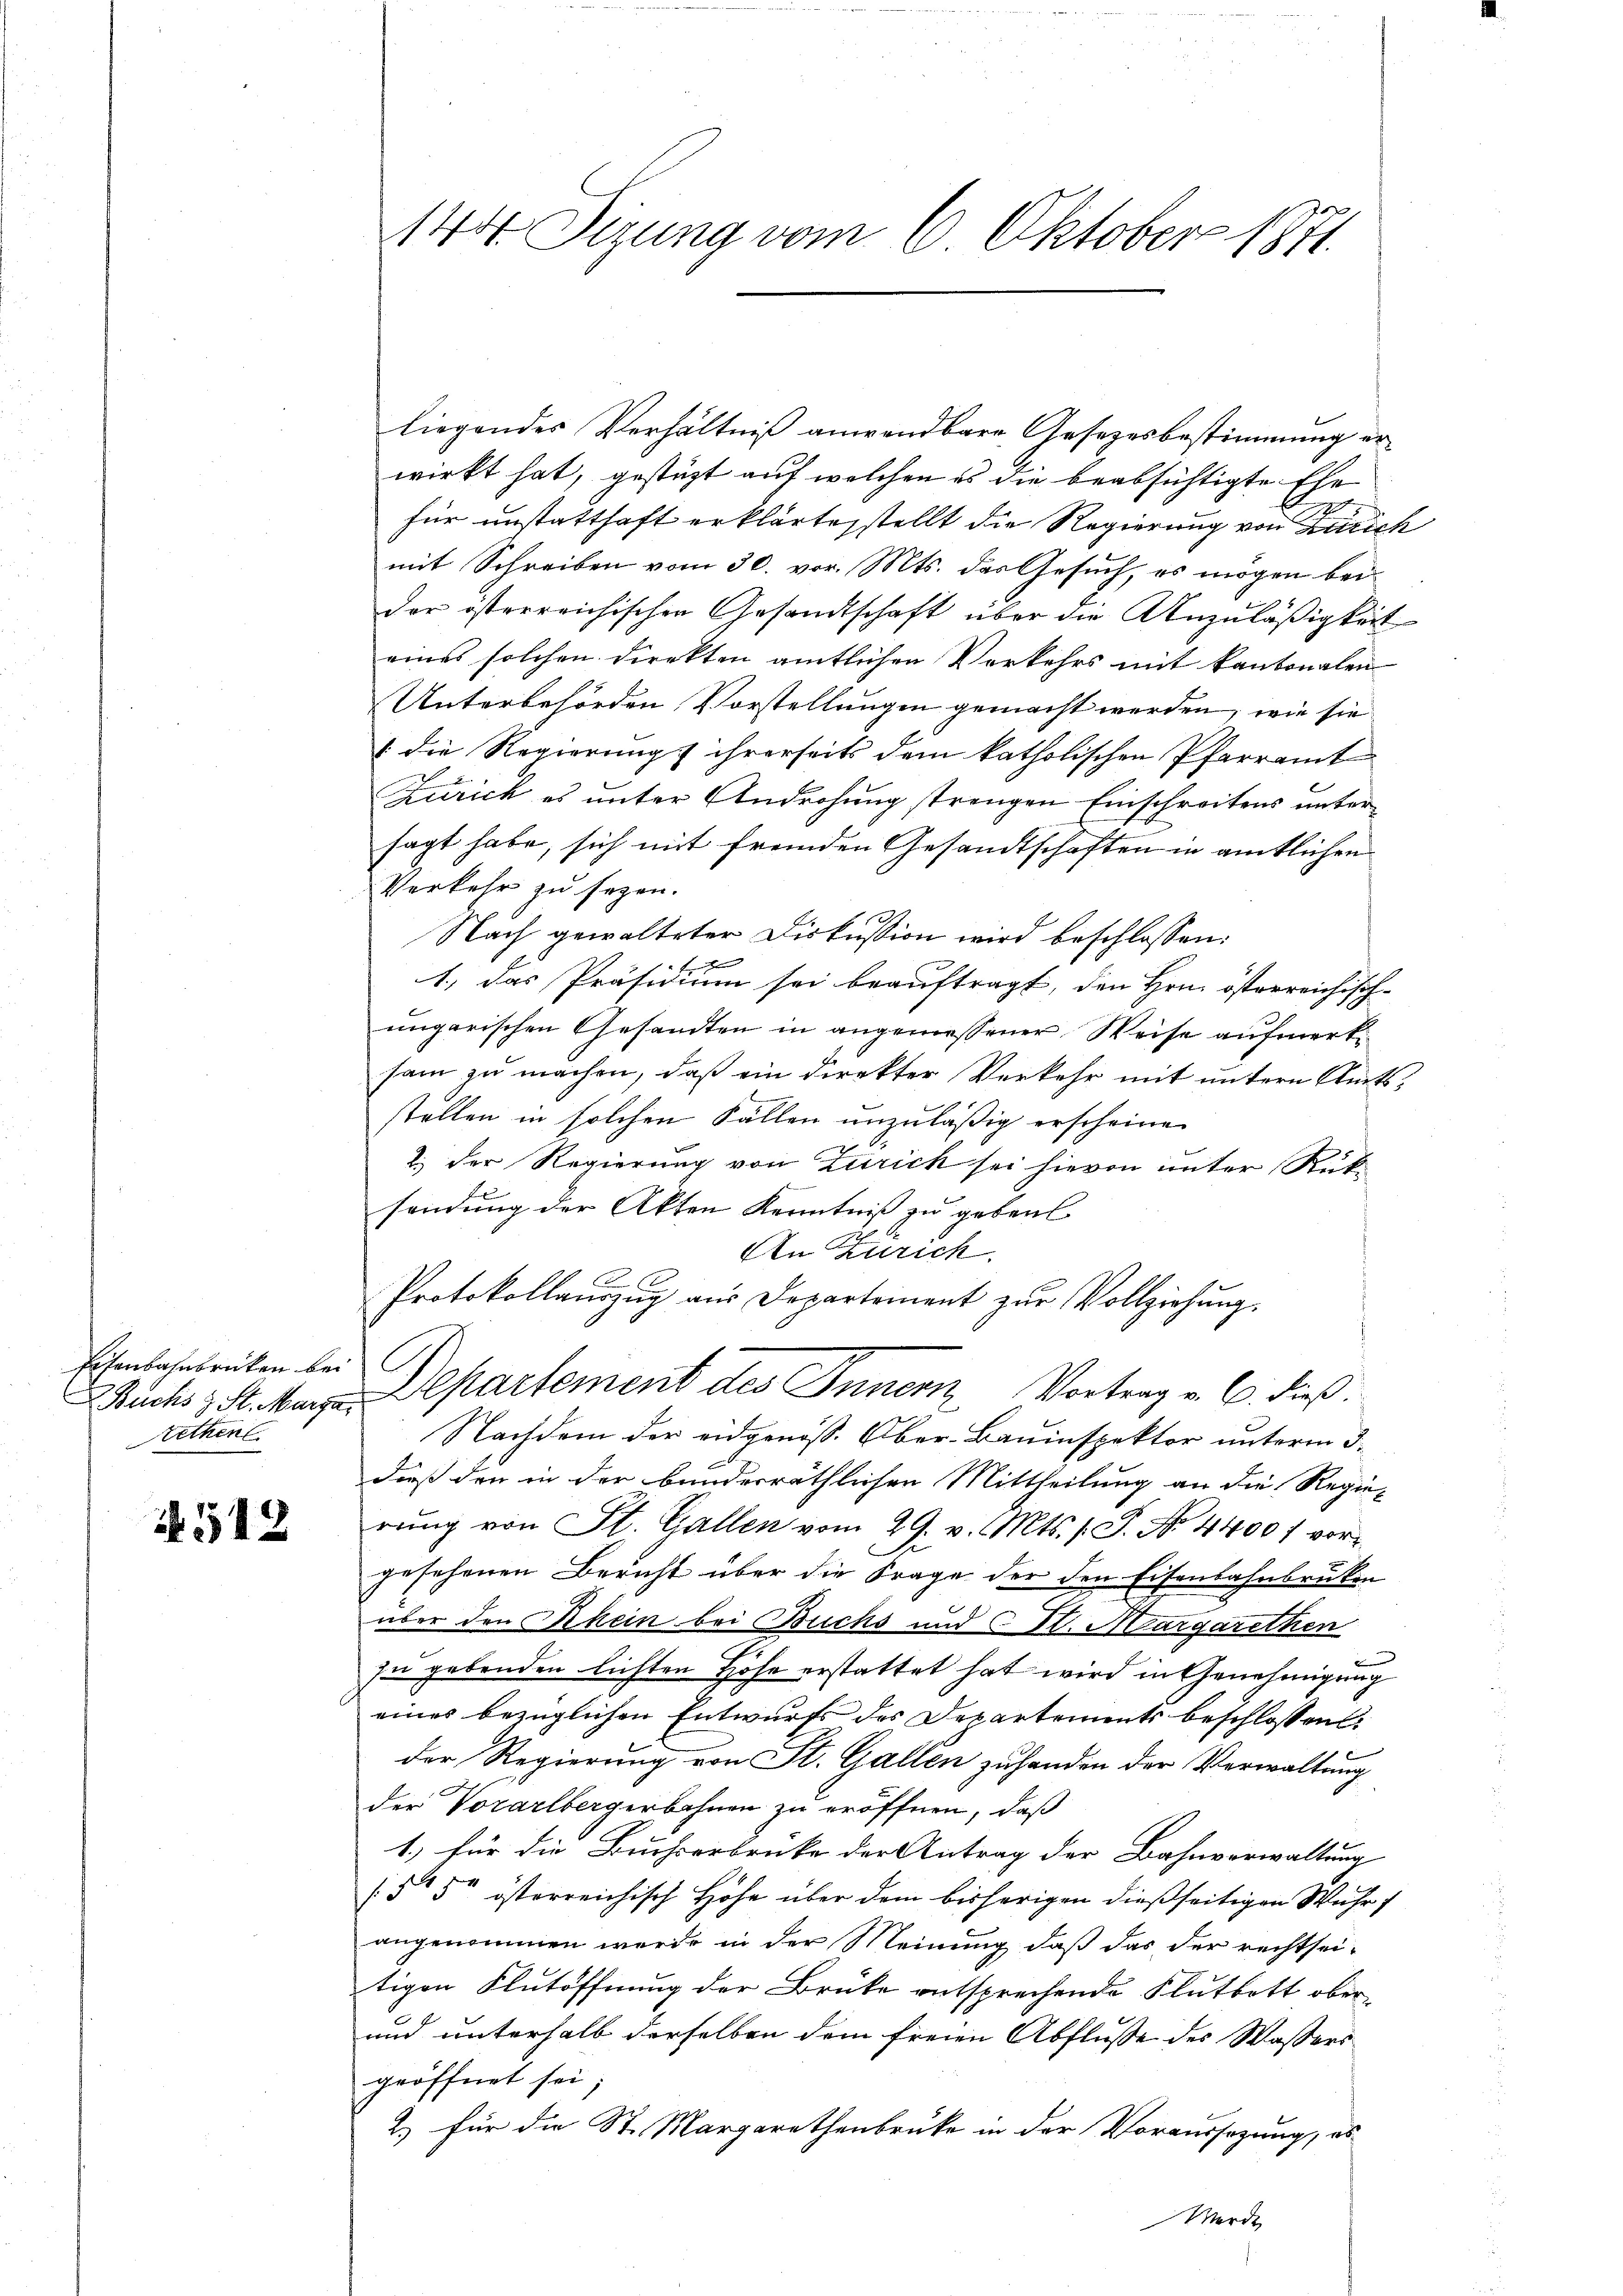
Etenbahnbrücken bei
Aethen

4512

liegendes Verhältniß anwendbare Gesetzesbestimmung erwirkt hat, gestüzt auf welchen es die beabsichtigte Ehe
.
für unstatthaft erklärte stellt die Regierung von Zürich
mit Schreiben vom 30. vor. Mts. das Gesuch, es mögen bei
der österreichischen Gesandtschaft über die Anzuläßigkeit
eines solchen Direkten amtlichen Verkehrs mit kantonalen
Unterbehörden Vorstellungen gemacht werden, wie sie
(die Regierung ihrerseits dem katholischen Pfarramt
Zürich es unter Androhung strengen Einschreitens untersagt habe, sich mit fremden Gesandtschaften in amtlichen
Verkehr zu sezen.

Nach gewalteter Diskussion wird beschlossen:
x
1., das Präsidium sei beauftragt, den Hrn. österreichisch-
ungarischen Gesandten in angemessener Weise aufmerksam zu machen, daß ein Direkter Verkehr mit untern Amtsstellen in solchen Fällen unzuläßig erscheinen
2.) Der Regierung von Zürich sei hievon unter Rüksendung der Akten Kenntniß zu geben
An Zürich.
Protokollaŭszŭg aŭs Departement zŭr Vollziehŭng.
Bucks z. St. Man Departement des Innern Vortrag v. C. dieß.
Nachdem der eidgenöss. Ober-Bauinspektor unterm 3.
dieß den in der bunderräthlichen Mittheilung an die Regie-
rŭng von St. Gallen vom 29. v. Mts. s. S. No. 4400 f vor
gesehenen Bericht über die Frage der den Eisenbahnbrüken
über den Rhein bei Buchs und Cl. Margarethen
zu gebenden lichten Höhe erstattet hat wird in Genehmigung
eines bezüglichen Entwurfs des Departements beschlossen:
der Regierung von St. Gallen zuhanden der Verwaltung
der Vorarlbergerbahnen zu eröffnen, daß
1.) für die Buchserbrücke der Antrag der Bahnverwaltung
(55r österreichisch Höhe über dem bisherigen dießseitigen Wuhr
angenommen werde in der Meinung, daß das der rechtseitigen Flutöffnung der Brüke entsprechende Flutbett ober
und unterhalb derselben dem freien Abflusse des Wassers
geöffnet sei;
2.) Für die St. Margarethenbrucke in der Voraussezung, es
Werde

144 Sizung vom 6. Oktober 1871.